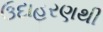
ઉદાહરણથી